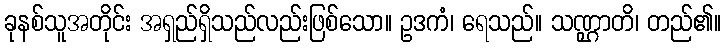
ခုနစ်သူအတိုင်း အရှည်ရှိသည်လည်းဖြစ်သော။ ဥဒကံ၊ ရေသည်။ သဏ္ဌာတိ၊ တည်၏။